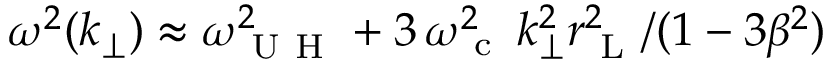
\omega ^ { 2 } ( k _ { \perp } ) \approx \omega _ { \mathrm { ~ U ~ H ~ } } ^ { 2 } + 3 \, \omega _ { \mathrm { ~ c ~ } } ^ { 2 } \, k _ { \perp } ^ { 2 } r _ { \mathrm { ~ L ~ } } ^ { 2 } / ( 1 - 3 \beta ^ { 2 } )